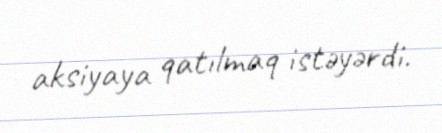
aksiyaya qatılmaq istəyərdi.